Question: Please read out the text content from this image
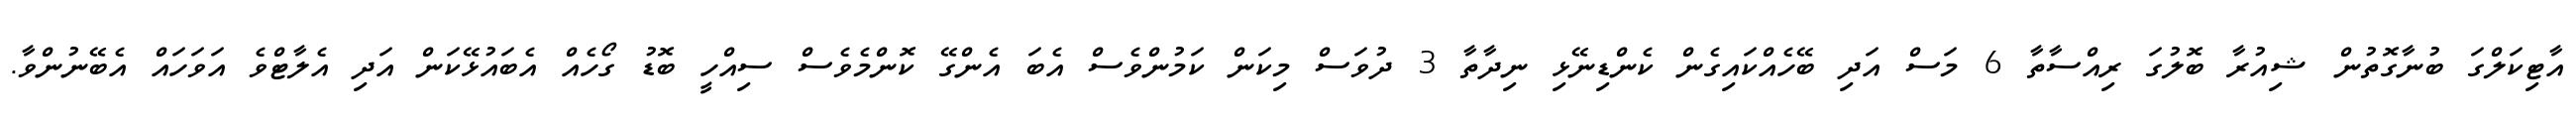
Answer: އާޓިކަލްގަ ބުނާގޮތުން ޝިއުރާ ބޮލުގަ ރިއްސާތާ 6 މަސް އަދި ބޭހެއްކައިގެން ކެންޑިނޭޅި ނިދާތާ 3 ދުވަސް މިކަން ކަމުންވެސް އެބަ އެންގޭ ކޮންމެވެސް ސިއްހީ ބޮޑު ގޯހެއް އެބައުޅޭކަން އަދި އެލާޓްވެ އަވަހައް އެބޭނުންވާ.